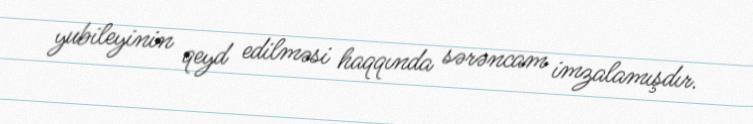
yubileyinin qeyd edilməsi haqqında sərəncam imzalamışdır.